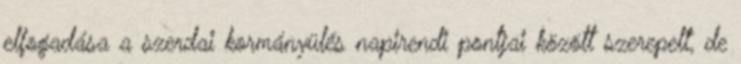
elfogadása a szerdai kormányülés napirendi pontjai között szerepelt, de